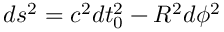
d s ^ { 2 } = c ^ { 2 } d t _ { 0 } ^ { 2 } - R ^ { 2 } d \phi ^ { 2 }